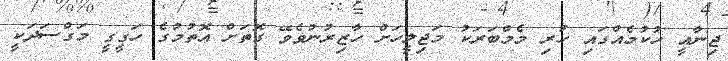
ޖިނާއީ ހުކުމެއްގައި ހުރި މެމްބަރަކު މަޖިލީހަށް ހާޒިރުނުވެވޭ ގޮތަށް އޮތުމުގެ ހަގީގީ މަގްސަދަކީ